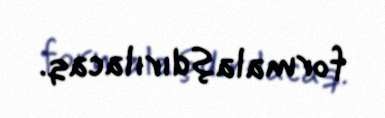
formalaşdırılacaq.